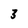
Character: 3